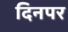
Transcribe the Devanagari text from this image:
दिनपर